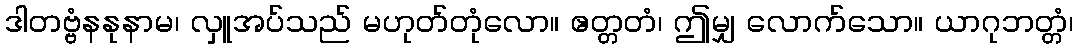
ဒါတဗ္ဗံနနုနာမ၊ လှူအပ်သည် မဟုတ်တုံလော။ ဧတ္တတံ၊ ဤမျှ လောက်သော။ ယာဂုဘတ္တံ၊